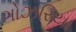
ગોઝરિયા